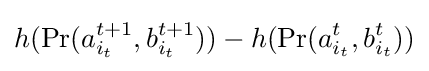
h(\Pr(a_{i_{t}}^{t+1},b_{i_{t}}^{t+1}))-h(\Pr(a_{i_{t}}^{t},b_{i_{t}}^{t}))